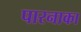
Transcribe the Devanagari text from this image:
पारनाका